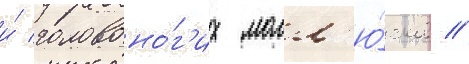
и́ головоно́г'их молл'ю́сков //